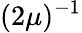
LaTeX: (2\mu)^{-1}